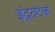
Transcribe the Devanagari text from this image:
इंद्रतटक